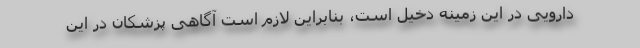
دارویی در این زمینه دخیل است، بنابراین لازم است آگاهی پزشکان در این